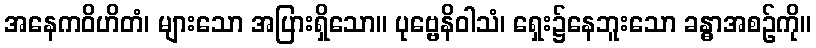
အနေကဝိဟိတံ၊ များသော အပြားရှိသော။ ပုဗ္ဗေနိဝါသံ၊ ရှေး၌နေဘူးသော ခန္ဓာအစဉ်ကို။